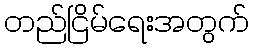
တည်ငြိမ်ရေးအတွက်